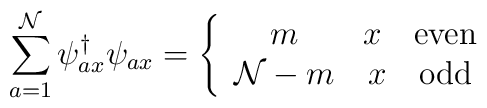
\sum_{a=1}^{\cal N}\psi^{\dagger}_{ax}\psi_{ax}=\left\{\begin{array}{cc}m&x\quad $even$\\{\cal N}-m&x\quad $odd$\end{array} \right.